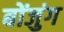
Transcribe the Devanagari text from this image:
बोंजुंग